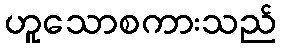
ဟူသောစကားသည်